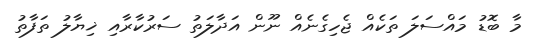
މާ ބޮޑު މައްސަލަ ތަކެއް ޖެހިގެނެއް ނޫން އަދާލަތު ސަރުކާރާއި ޚިޔާލު ތަފާތު